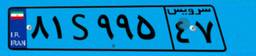
۱۶S۰۵۱۰۰